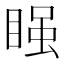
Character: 𭿂